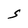
Character: S